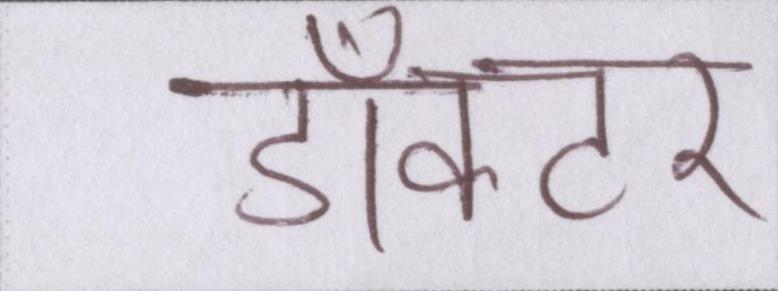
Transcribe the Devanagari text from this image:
डाँक्टर